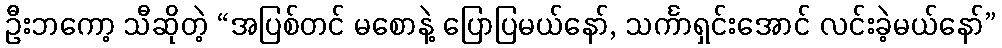
ဦးဘကော့ သီဆိုတဲ့ “အပြစ်တင် မစောနဲ့ ပြောပြမယ်နော်, သင်္ကာရှင်းအောင် လင်းခဲ့မယ်နော်”